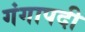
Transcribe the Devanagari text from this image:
गंगापदी